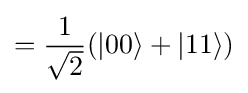
={\frac {1}{\sqrt {2}}}(|00\rangle +|11\rangle )